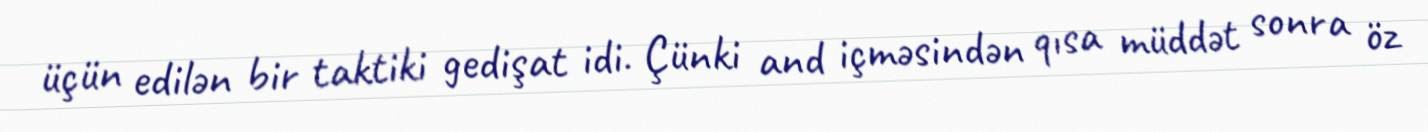
üçün edilən bir taktiki gedişat idi. Çünki and içməsindən qısa müddət sonra öz